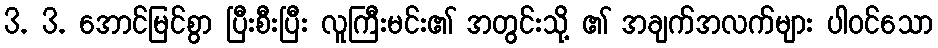
3. 3. အောင်မြင်စွာ ပြီးစီးပြီး လူကြီးမင်း၏ အတွင်းသို့ ၏ အချက်အလက်များ ပါဝင်သော